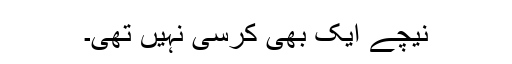
نیچے ایک بھی کرسی نہیں تھی۔